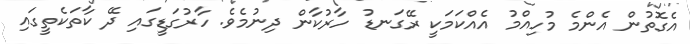
އެގޮތުން އެންމެ މުހިއްމު އެއްކަމަކީ ރޭގަނޑު ހާރުކާން ދިނުމެވެ. ހާރުގަޑީގައި ދޭ ކާތަކެތީގައި